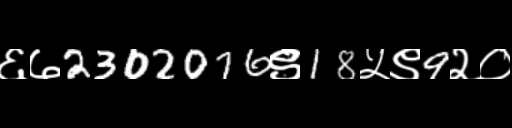
Text: ६७2302076९18५९9२०